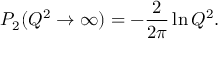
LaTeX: P _ { 2 } ( Q ^ { 2 } \rightarrow \infty ) = - \frac { 2 } { 2 \pi } \ln Q ^ { 2 } .